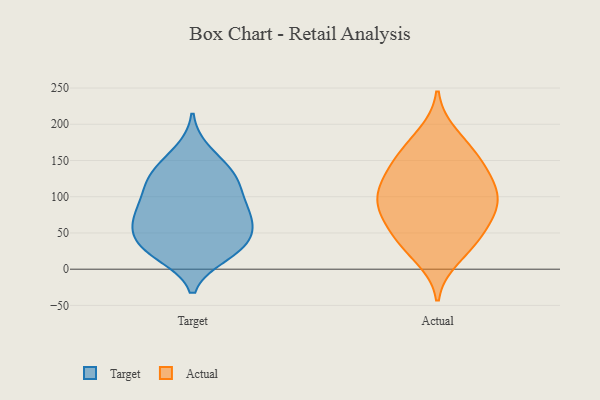
{"axis": {"x": "Page Views", "y": "Value"}, "legend": ["Actual", "Target"], "data": [{"x": "", "y": 44, "type": "Target"}, {"x": "", "y": 87, "type": "Target"}, {"x": "", "y": 85, "type": "Target"}, {"x": "", "y": 29, "type": "Target"}, {"x": "", "y": 20, "type": "Target"}, {"x": "", "y": 74, "type": "Target"}, {"x": "", "y": 130, "type": "Target"}, {"x": "", "y": 120, "type": "Target"}, {"x": "", "y": 55, "type": "Target"}, {"x": "", "y": 24, "type": "Target"}, {"x": "", "y": 28, "type": "Target"}, {"x": "", "y": 120, "type": "Target"}, {"x": "", "y": 82, "type": "Target"}, {"x": "", "y": 162, "type": "Target"}, {"x": "", "y": 119, "type": "Target"}, {"x": "", "y": 51, "type": "Target"}, {"x": "", "y": 144, "type": "Target"}, {"x": "", "y": 66, "type": "Target"}, {"x": "", "y": 16, "type": "Actual"}, {"x": "", "y": 100, "type": "Actual"}, {"x": "", "y": 99, "type": "Actual"}, {"x": "", "y": 80, "type": "Actual"}, {"x": "", "y": 169, "type": "Actual"}, {"x": "", "y": 34, "type": "Actual"}, {"x": "", "y": 127, "type": "Actual"}, {"x": "", "y": 144, "type": "Actual"}, {"x": "", "y": 136, "type": "Actual"}, {"x": "", "y": 39, "type": "Actual"}, {"x": "", "y": 186, "type": "Actual"}, {"x": "", "y": 76, "type": "Actual"}, {"x": "", "y": 104, "type": "Actual"}, {"x": "", "y": 68, "type": "Actual"}, {"x": "", "y": 153, "type": "Actual"}, {"x": "", "y": 49, "type": "Actual"}, {"x": "", "y": 101, "type": "Actual"}]}